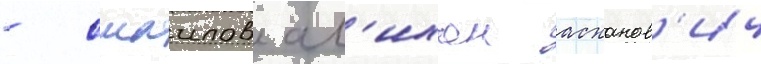
- смаилов ал'ихан асханов'ич